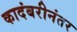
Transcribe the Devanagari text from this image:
कादंबरीनंतर